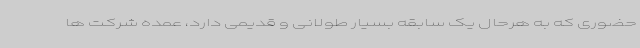
حضوری که به هرحال یک سابقه بسیار طولانی و قدیمی دارد، عمده شرکت ها